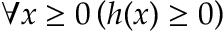
\forall x \geq 0 \left( h ( x ) \geq 0 \right)